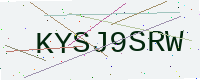
Text: KYSJ9SRW